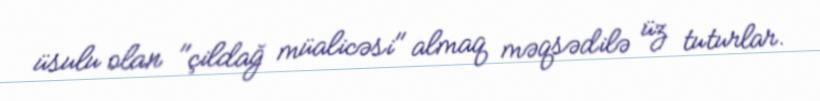
üsulu olan "çildağ müalicəsi" almaq məqsədilə üz tuturlar.